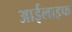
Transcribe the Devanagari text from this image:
आईलाइफ